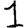
Digit: 1